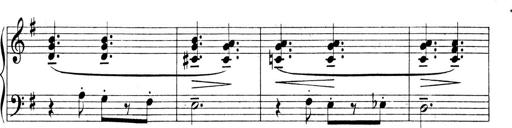
Title: 4 Sonatines
Composer: Max Reger